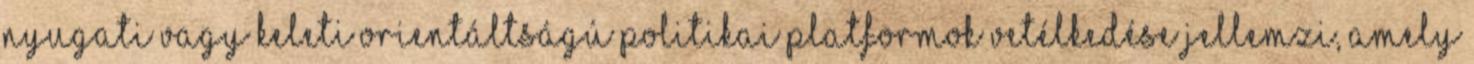
nyugati vagy keleti orientáltságú politikai platformok vetélkedése jellemzi, amely